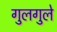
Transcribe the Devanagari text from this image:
गुलगुले